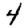
Digit: 4